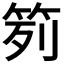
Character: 𥬭